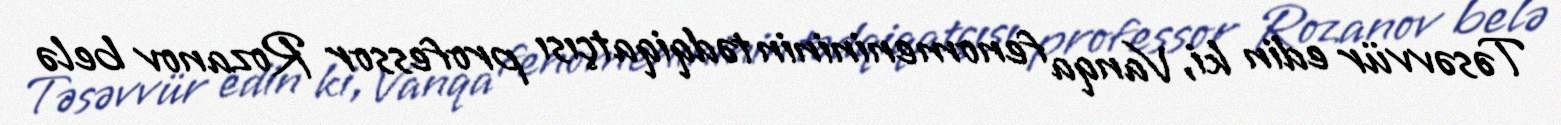
Təsəvvür edin ki, Vanqa fenomenininin tədqiqatçısı professor Rozanov belə